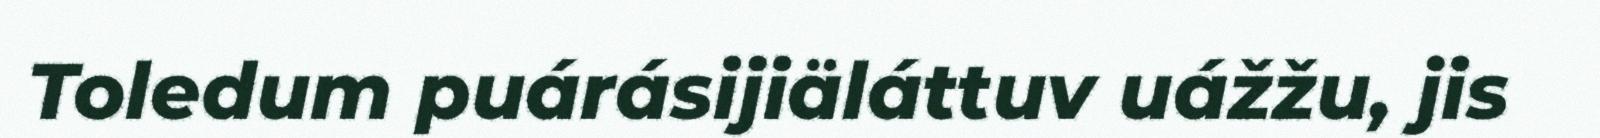
Toledum puárásijiäláttuv uážžu, jis